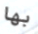
بها